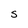
Character: S